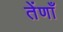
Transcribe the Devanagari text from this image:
तेंणाँ